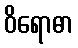
ဝိရောဓာ